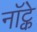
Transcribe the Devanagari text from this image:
नॉट्के